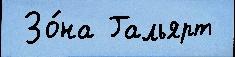
 Зо́на Гальярт